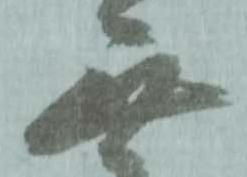
無